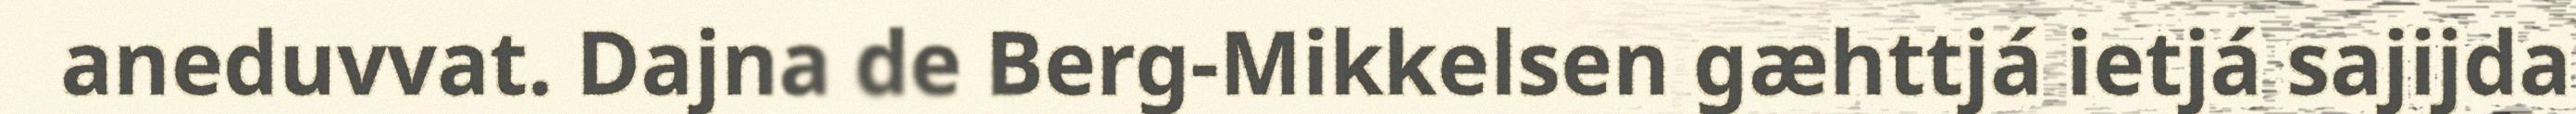
aneduvvat. Dajna de Berg-Mikkelsen gæhttjá ietjá sajijda